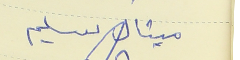
ميشال سليم